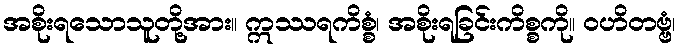
အစိုးရသောသူတို့အား။ ဣဿရကိစ္စံ၊ အစိုးရခြင်းကိစ္စကို။ ဝဟိတဗ္ဗံ၊